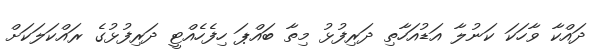
ދައްކާ ވާހަކަ ކަނުލާ އަޑުއަހާތި ދަރިފުޅު މިތާ ބައްޕަ ހިފެހެއްޓީ ދަރިފުޅުގެ ރައްކަލަކަށް